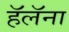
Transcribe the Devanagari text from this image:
हॅलॅना